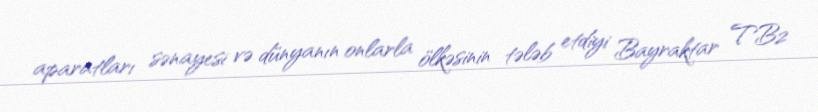
aparatları sənayesi və dünyanın onlarla ölkəsinin tələb etdiyi Bayraktar TB2